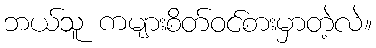
ဘယ်သူ ကများစိတ်ဝင်စားမှာတဲ့လဲ။